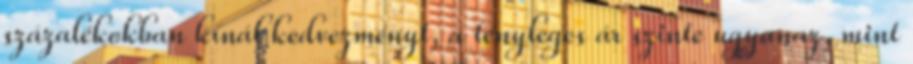
százalékokban kínál kedvezményt, a tényleges ár szinte ugyanaz, mint